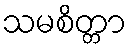
သမစိတ္တာ